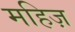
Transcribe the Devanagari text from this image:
महिज़